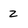
Character: z